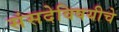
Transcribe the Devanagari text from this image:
संसदेविषयीचे